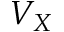
V _ { X }